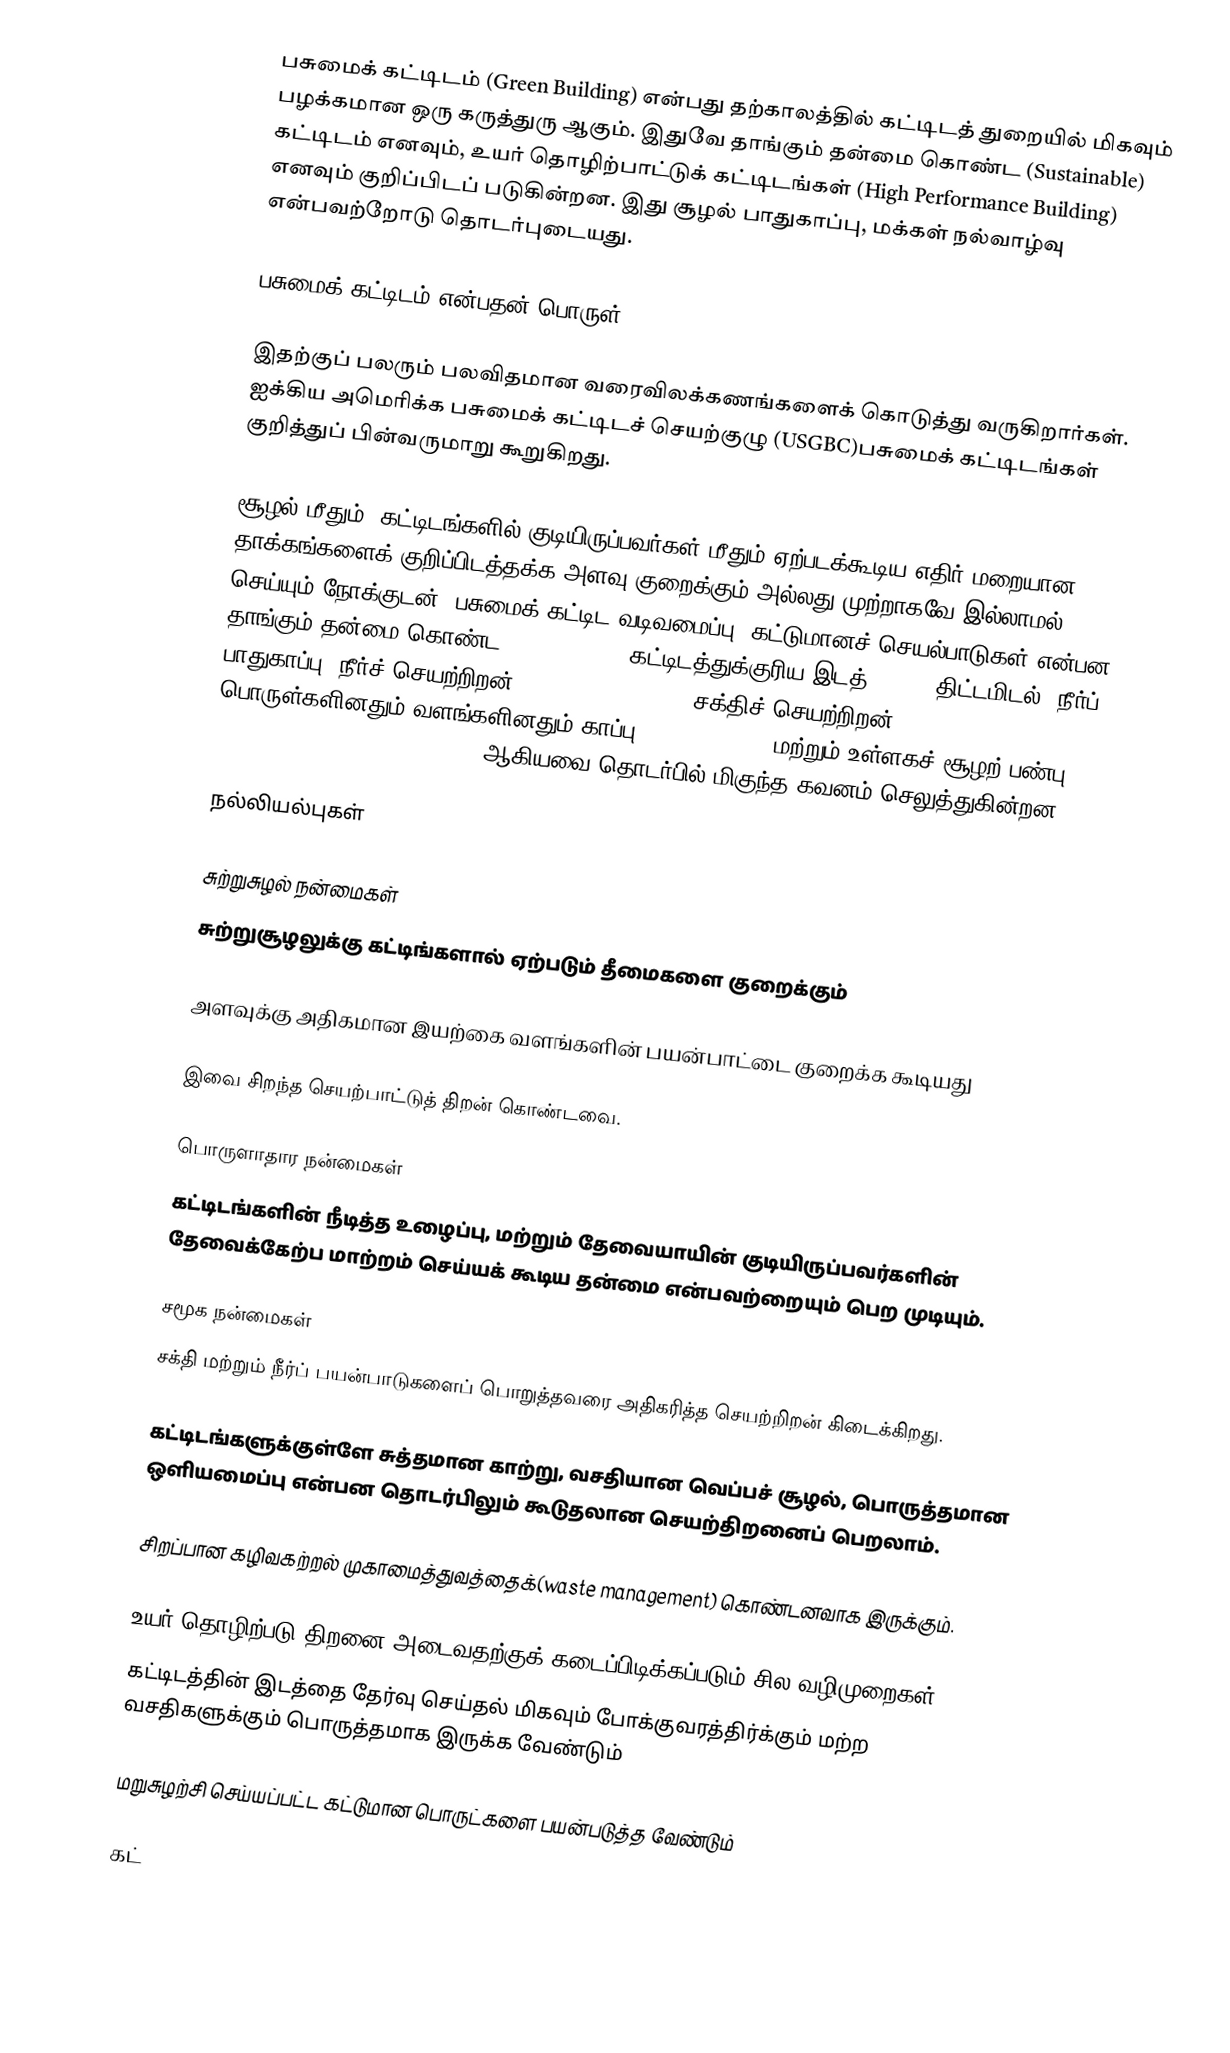
பசுமைக் கட்டிடம் (Green Building) என்பது தற்காலத்தில் கட்டிடத் துறையில் மிகவும் பழக்கமான ஒரு கருத்துரு ஆகும். இதுவே தாங்கும் தன்மை கொண்ட (Sustainable) கட்டிடம் எனவும், உயர் தொழிற்பாட்டுக் கட்டிடங்கள் (High Performance Building) எனவும் குறிப்பிடப் படுகின்றன. இது சூழல் பாதுகாப்பு, மக்கள் நல்வாழ்வு என்பவற்றோடு தொடர்புடையது.

பசுமைக் கட்டிடம் என்பதன் பொருள்

இதற்குப் பலரும் பலவிதமான வரைவிலக்கணங்களைக் கொடுத்து வருகிறார்கள். ஐக்கிய அமெரிக்க பசுமைக் கட்டிடச் செயற்குழு (USGBC)பசுமைக் கட்டிடங்கள் குறித்துப் பின்வருமாறு கூறுகிறது.

 சூழல் மீதும், கட்டிடங்களில் குடியிருப்பவர்கள் மீதும் ஏற்படக்கூடிய எதிர் மறையான தாக்கங்களைக் குறிப்பிடத்தக்க அளவு குறைக்கும் அல்லது முற்றாகவே இல்லாமல் செய்யும் நோக்குடன், பசுமைக் கட்டிட வடிவமைப்பு, கட்டுமானச் செயல்பாடுகள் என்பன தாங்கும் தன்மை கொண்ட (Sustainable) கட்டிடத்துக்குரிய இடத் (site) திட்டமிடல், நீர்ப் பாதுகாப்பு, நீர்ச் செயற்றிறன் (water efficiency), சக்திச் செயற்றிறன் (energy efficiency), பொருள்களினதும் வளங்களினதும் காப்பு (conservation) மற்றும் உள்ளகச் சூழற் பண்பு (Indoor Environmental Quality) ஆகியவை தொடர்பில் மிகுந்த கவனம் செலுத்துகின்றன.

நல்லியல்புகள்

சுற்றுசுழல் நன்மைகள்
சுற்றுசூழலுக்கு கட்டிங்களால் ஏற்படும் தீமைகளை குறைக்கும்

அளவுக்கு அதிகமான இயற்கை வளங்களின் பயன்பாட்டை குறைக்க கூடியது

இவை சிறந்த செயற்பாட்டுத் திறன் கொண்டவை.

பொருளாதார நன்மைகள்
கட்டிடங்களின் நீடித்த உழைப்பு, மற்றும் தேவையாயின் குடியிருப்பவர்களின் தேவைக்கேற்ப மாற்றம் செய்யக் கூடிய தன்மை என்பவற்றையும் பெற முடியும்.

சமூக நன்மைகள்
சக்தி மற்றும் நீர்ப் பயன்பாடுகளைப் பொறுத்தவரை அதிகரித்த செயற்றிறன் கிடைக்கிறது.

கட்டிடங்களுக்குள்ளே சுத்தமான காற்று, வசதியான வெப்பச் சூழல், பொருத்தமான ஒளியமைப்பு என்பன தொடர்பிலும் கூடுதலான செயற்திறனைப் பெறலாம்.

சிறப்பான கழிவகற்றல் முகாமைத்துவத்தைக்(waste management) கொண்டனவாக இருக்கும்.

உயர் தொழிற்படு திறனை அடைவதற்குக் கடைப்பிடிக்கப்படும் சில வழிமுறைகள்
கட்டிடத்தின் இடத்தை தேர்வு செய்தல் மிகவும் போக்குவரத்திர்க்கும் மற்ற வசதிகளுக்கும் பொருத்தமாக இருக்க வேண்டும்

மறுசுழற்சி செய்யப்பட்ட கட்டுமான பொருட்களை பயன்படுத்த வேண்டும்

கட்